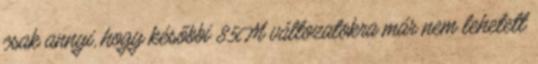
csak annyi, hogy későbbi 85M változatokra már nem lehetett